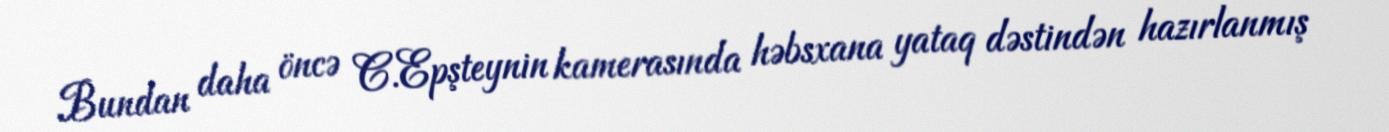
Bundan daha öncə C.Epşteynin kamerasında həbsxana yataq dəstindən hazırlanmış